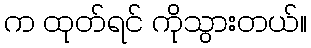
က ထုတ်ရင် ကိုသွားတယ်။